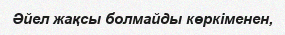
Әйел жақсы болмайды көркіменен,